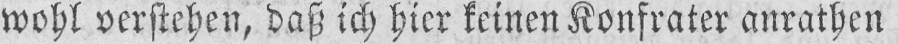
wohl verstehen, daß ich hier keinen Konftrater anrathen